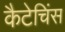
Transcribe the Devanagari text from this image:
कैटेचिंस